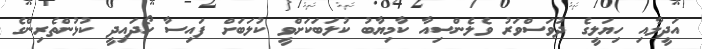
އަދީލާއި ހިޔަލީގެ ދުވަސްވަރު ވެލެންސިއާ ކާމިޔާބު ކުލަބަކަށްވީ ކުލަބަށް ފައިސާ ހޯދައިދީ ކުޅުންތެރިންގެ